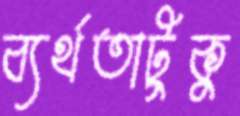
ব্যর্থতাটুকু